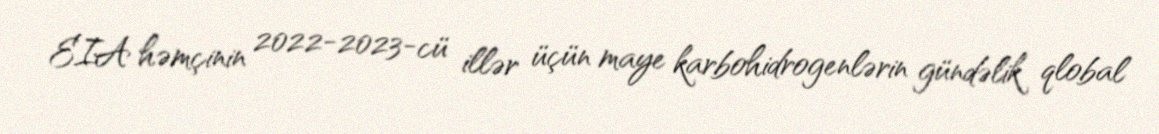
EIA həmçinin 2022-2023-cü illər üçün maye karbohidrogenlərin gündəlik qlobal